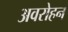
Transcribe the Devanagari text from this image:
अवरोहन